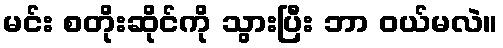
မင်း စတိုးဆိုင်ကို သွားပြီး ဘာ ဝယ်မလဲ။